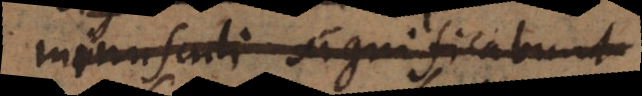
minusculi significabunt